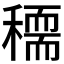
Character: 𥢠